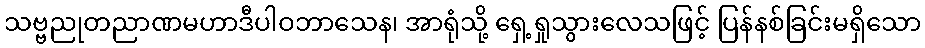
သဗ္ဗညုတညာဏမဟာဒီပါဝဘာသေန၊ အာရုံသို့ ရှေ့ရှုသွားလေသဖြင့် ပြန်နစ်ခြင်းမရှိသော